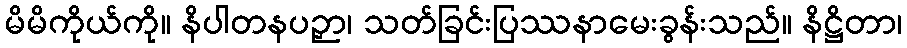
မိမိကိုယ်ကို။ နိပါတနပဉှာ၊ သတ်ခြင်းပြဿနာမေးခွန်းသည်။ နိဋ္ဌိတာ၊